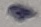
Text: 1